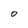
Character: 0